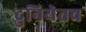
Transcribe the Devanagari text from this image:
दुनियेतच